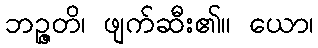
ဘဉ္ဇတိ၊ ဖျက်ဆီး၏။ ယော၊